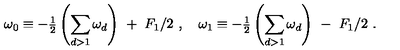
\omega _ { 0 } \equiv - { { \textstyle \frac { 1 } { 2 } } } \left( { \displaystyle \sum _ { d > 1 } \omega _ { d } } \right) \ + \ F _ { 1 } / 2 \ , \quad \omega _ { 1 } \equiv - { { \textstyle \frac { 1 } { 2 } } } \left( { \displaystyle \sum _ { d > 1 } \omega _ { d } } \right) \ - \ F _ { 1 } / 2 \ .